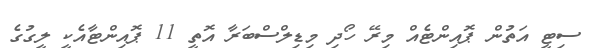
ސިޓީ އަތުން ޕޮއިންޓެއް މިރޭ ހޯދި މިޑިލްސްބަރާ އޮތީ 11 ޕޮއިންޓާއެކީ ލީގުގެ